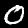
Digit: 0